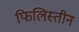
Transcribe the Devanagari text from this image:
फिलिस्‍तीन